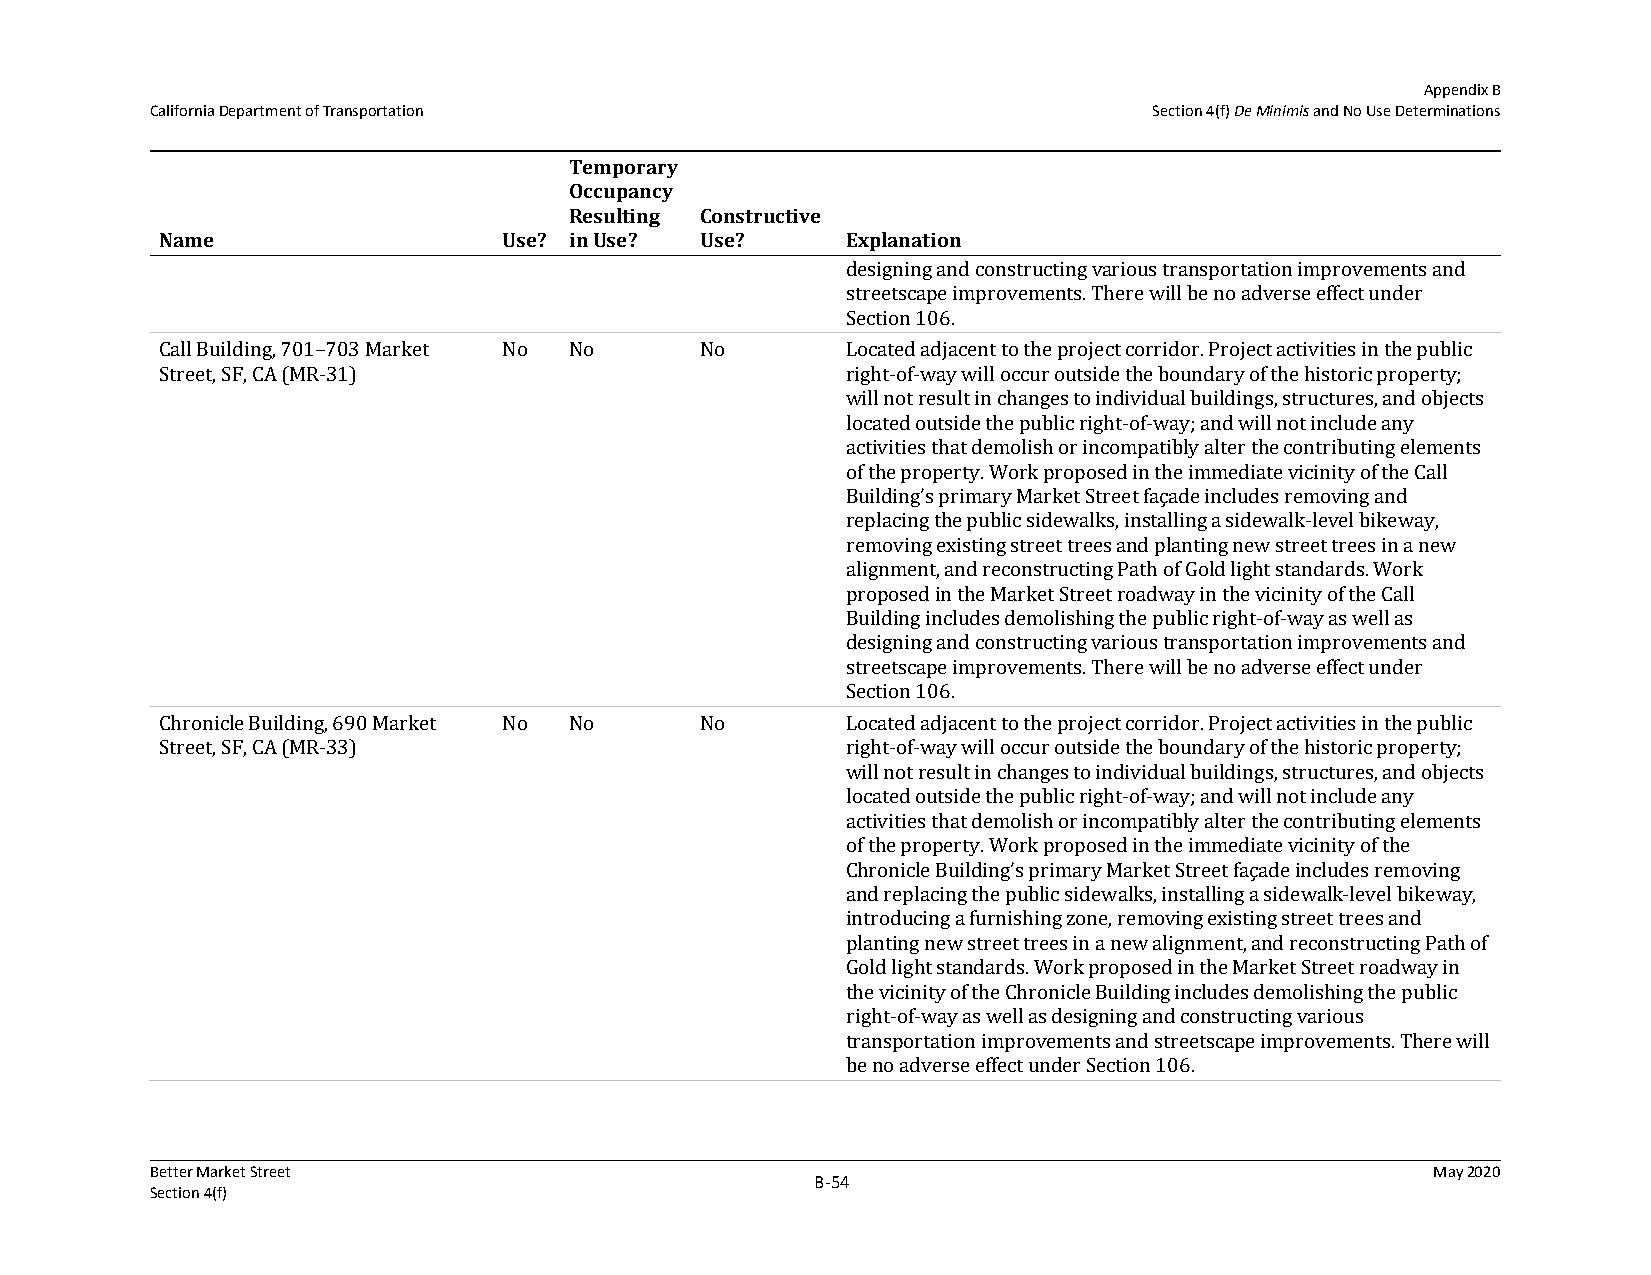
Appendix B
 California Department of Transportation                           Section 4(f) De Minimis and No Use Determinations
 Temporary
 Occupancy
 Resulting Constructive
 Name                  Use? in Use? Use?      Explanation
 designing and constructing various transportation improvements and
 streetscape improvements. There will be no adverse effect under
 Section 106.
 Call Building, 701–703 Market No No No       Located adjacent to the project corridor. Project activities in the public
 Street, SF, CA (MR-31)                       right-of-way will occur outside the boundary of the historic property;
 will not result in changes to individual buildings, structures, and objects
 located outside the public right-of-way; and will not include any
 activities that demolish or incompatibly alter the contributing elements
 of the property. Work proposed in the immediate vicinity of the Call
 Building’s primary Market Street façade includes removing and
 replacing the public sidewalks, installing a sidewalk-level bikeway,
 removing existing street trees and planting new street trees in a new
 alignment, and reconstructing Path of Gold light standards. Work
 proposed in the Market Street roadway in the vicinity of the Call
 Building includes demolishing the public right-of-way as well as
 designing and constructing various transportation improvements and
 streetscape improvements. There will be no adverse effect under
 Section 106.
 Chronicle Building, 690 Market No No No      Located adjacent to the project corridor. Project activities in the public
 Street, SF, CA (MR-33)                       right-of-way will occur outside the boundary of the historic property;
 will not result in changes to individual buildings, structures, and objects
 located outside the public right-of-way; and will not include any
 activities that demolish or incompatibly alter the contributing elements
 of the property. Work proposed in the immediate vicinity of the
 Chronicle Building’s primary Market Street façade includes removing
 and replacing the public sidewalks, installing a sidewalk-level bikeway,
 introducing a furnishing zone, removing existing street trees and
 planting new street trees in a new alignment, and reconstructing Path of
 Gold light standards. Work proposed in the Market Street roadway in
 the vicinity of the Chronicle Building includes demolishing the public
 right-of-way as well as designing and constructing various
 transportation improvements and streetscape improvements. There will
 be no adverse effect under Section 106.
 Better Market Street                                                                 May 2020
 B‐54
 Section 4(f)